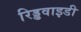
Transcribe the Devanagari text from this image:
रिड्डवाइडी